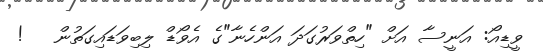
ވީޑިއޯ: އަނީސާ އަށް "ހިތްވަރުގަދަ އަންހެނާ"ގެ އެވޯޑް ލިބިވަޑައިގަތުން   !